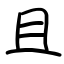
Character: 且